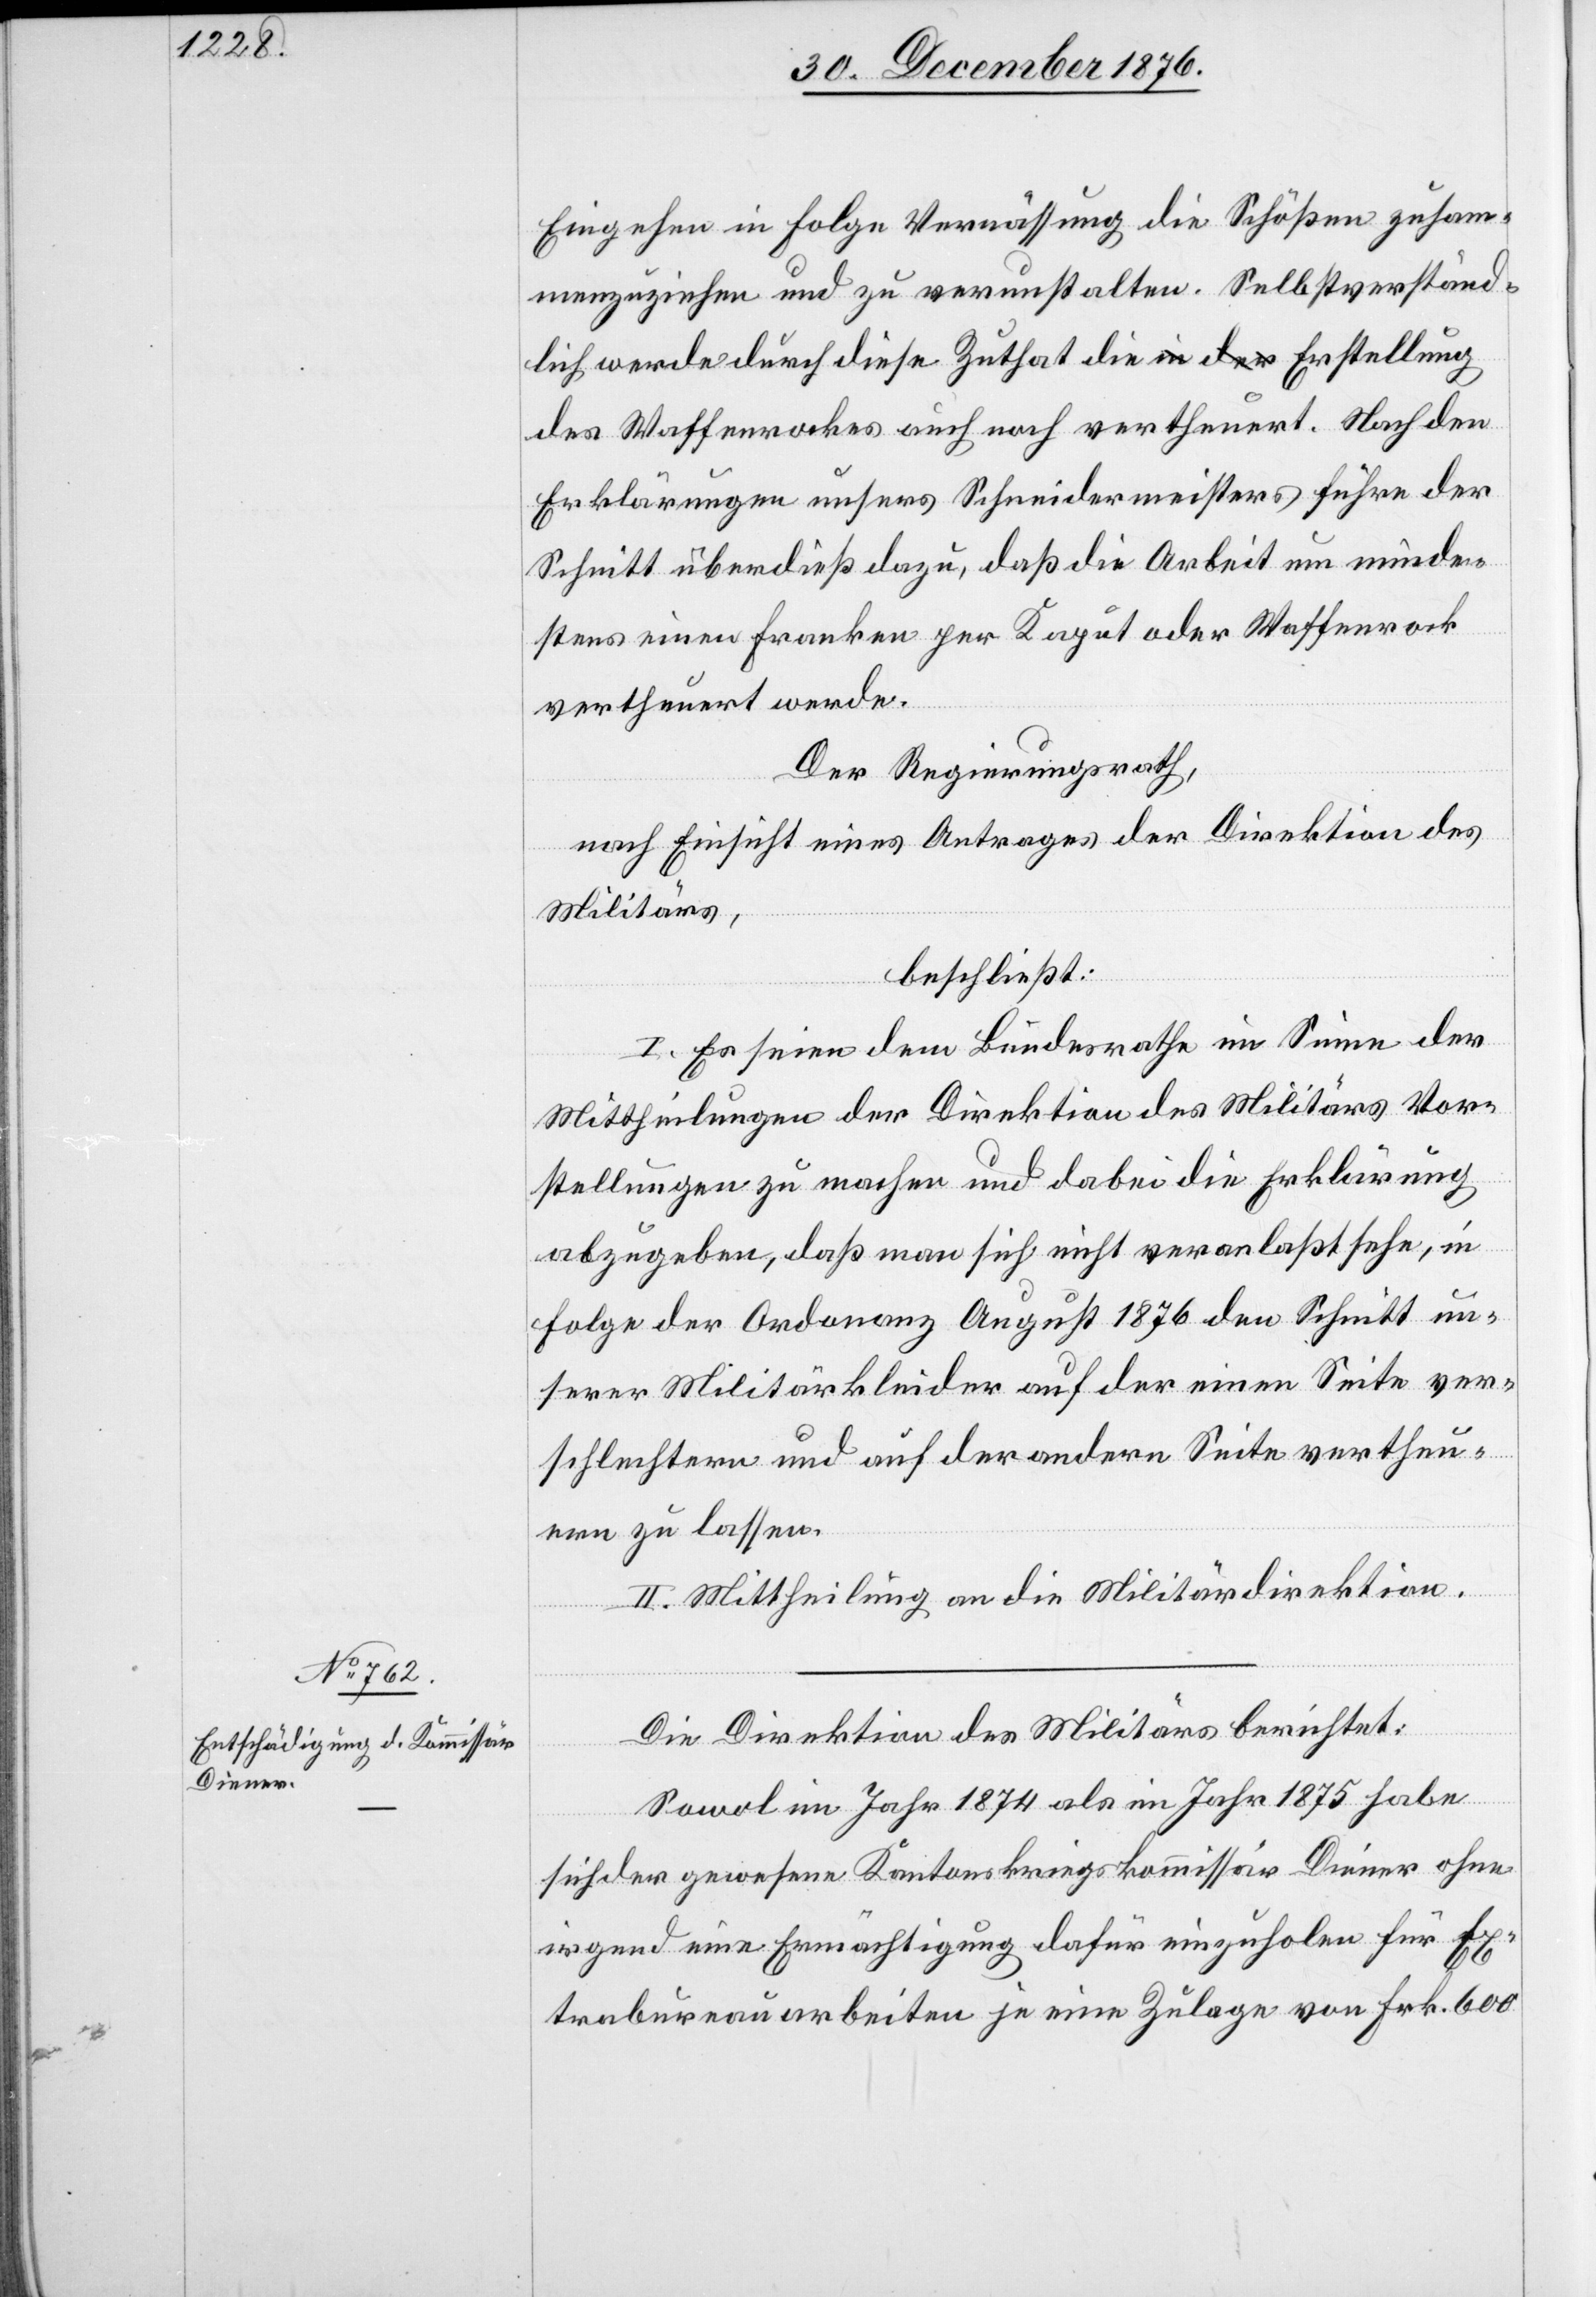
Eingehen in Folge Verwässerung die Schößen [si¬
ammenzuziehen und zu verunstalten. Selbstverständ¬
lich werde durch diese Zuthat die Erstellung
des Waffenrockes auch noch vertheuert. Nach den
Erklärungen unsers Schneidermeisters führe der
Schnitt überdieß dazu, daß die Arbeit um minde¬
stens einen Franken per Kaput oder Waffenrock
vertheuert werde.
Der Regierungsrath,
nach Einsicht eines Antrages der Direktion des
Militärs,
beschließt:
I. Es seien dem Bundesrathe im Sinne der
Mittheilungen der Direktion des Militärs Vor¬
stellungen zu machen und dabei die Erklärung
abzugeben, daß man sich nicht veranlaßt sehe, in
Folge der Ordonanz August 1876 den Schnitt un¬
serer Militärkleider auf der einen Seite ver¬
schlechtern und auf der andern Seite vertheu¬
ern zu lassen.
II. Mittheilung an die Militärdirektion.
Die Direktion des Militärs berichtet:
Sowol im Jahr 1874 als im Jahr 1875 habe
c!] zus¬
sich der gewesene Kantonskriegskommissär Diener ohne
irgend eine Ermächtigung dafür einzuholen für Ex¬
trabureauarbeiten je eine Zulage von Frk. 600